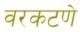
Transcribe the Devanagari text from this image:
वरकटणे